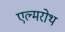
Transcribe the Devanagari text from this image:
एल्मरोथ